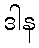
ဒါန